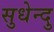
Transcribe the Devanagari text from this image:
सुधेन्दु